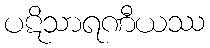
ပဋိသာရဏီယဿ